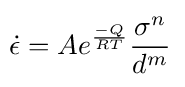
\!{\dot {\epsilon }}=Ae^{\frac {-Q}{RT}}{\frac {\sigma ^{n}}{d^{m}}}